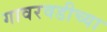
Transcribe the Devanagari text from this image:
गावरवडीच्या